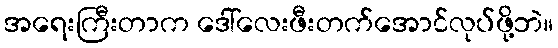
အရေးကြီးတာက ဒေါ်လေးဖီးတက်အောင်လုပ်ဖို့ဘဲ။